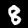
Digit: 8